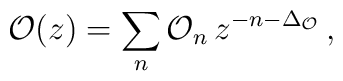
\mathcal{O}(z)=\sum_n \mathcal{O}_n \,   z^{-n-\Delta_{\mathcal{O}}} \, ,